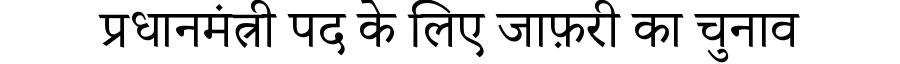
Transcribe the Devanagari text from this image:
प्रधानमंत्री पद के लिए जाफ़री का चुनाव